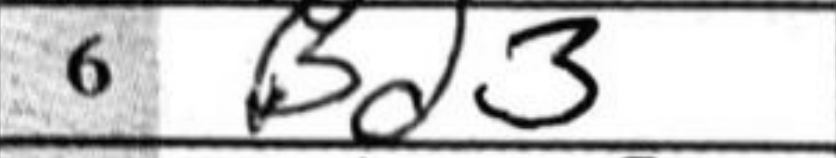
Transcription: Bd3